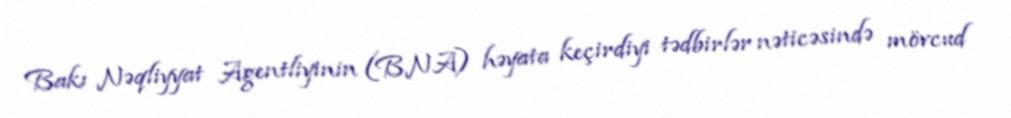
Bakı Nəqliyyat Agentliyinin (BNA) həyata keçirdiyi tədbirlər nəticəsində mövcud